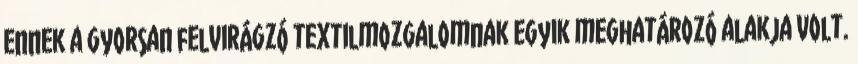
ennek a gyorsan felvirágzó textilmozgalomnak egyik meghatározó alakja volt.